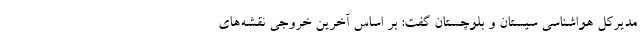
مدیرکل هواشناسی سیستان و بلوچستان گفت: بر اساس آخرین خروجی نقشه‌های